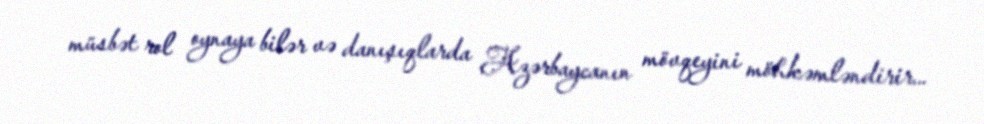
müsbət rol oynaya bilər və danışıqlarda Azərbaycanın mövqeyini möhkəmləndirir...